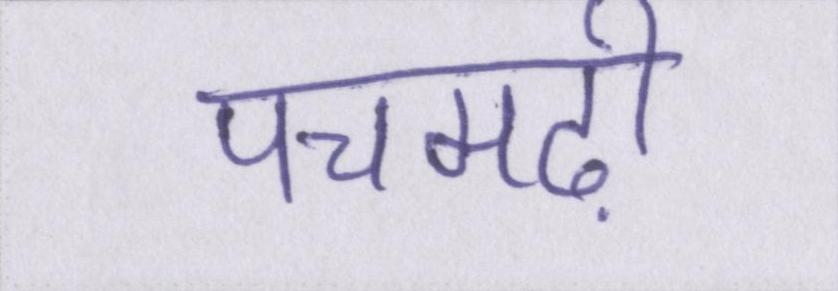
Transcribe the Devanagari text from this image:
पचमढ़ी